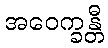
အဝေက္ခန္တီ